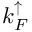
k _ { F } ^ { \mathord { \uparrow } }